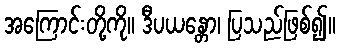
အကြောင်းတို့ကို။ ဒီပယန္တော၊ ပြသည်ဖြစ်၍။